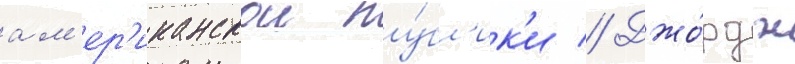
ам'ер'иканскои пу́бл'ик'и // Джо́рдж